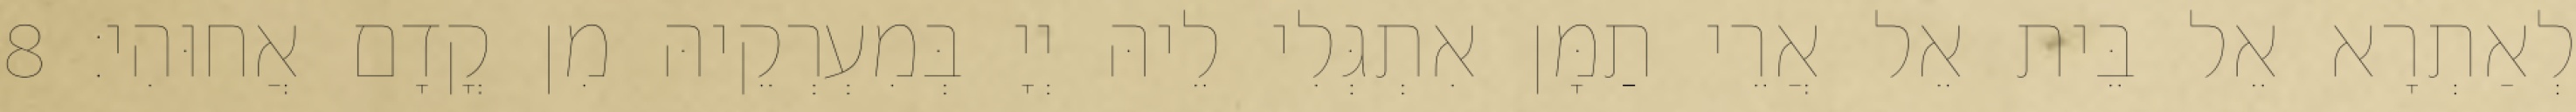
לְאַתְרָא אֵל בֵּית אֵל אֲרֵי תַמָּן אִתְגְּלִי לֵיהּ יְיָ בְּמִעְרְקֵיהּ מִן קֳדָם אֲחוּהִי׃ 8